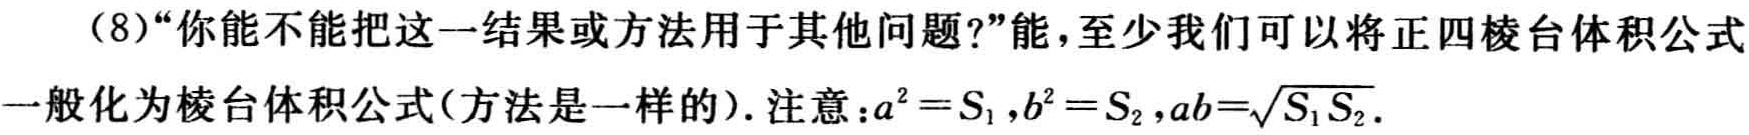
（8）“你能不能把这一结果或方法用于其他问题?”能，至少我们可以将正四棱台体积公式一般化为棱台体积公式(方法是一样的). 注意：\(a^{2}=S_{1},b^{2}=S_{2},ab = \sqrt{S_{1}S_{2}}\).